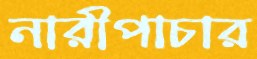
নারীপাচার